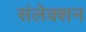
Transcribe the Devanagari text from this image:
संलेक्शन